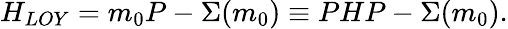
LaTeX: H_{LOY}=m_{0}P-\Sigma(m_{0})\equiv PHP-\Sigma(m_{0}).